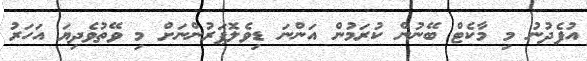
އުފެދުނު މި މާކެޓް ބޭނުން ކުރަމުން އަންނަ ޑިވެލޮޕަރުންނަށް މި ވޭތުވެދިޔަ އަހަރު